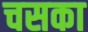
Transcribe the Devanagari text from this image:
चसका